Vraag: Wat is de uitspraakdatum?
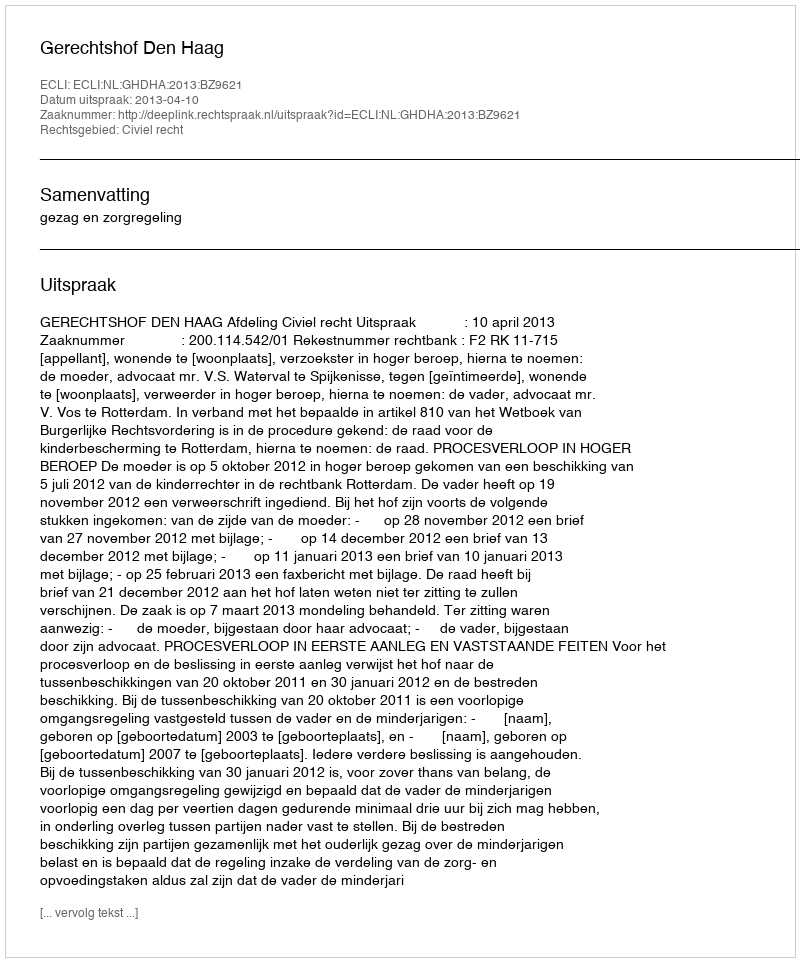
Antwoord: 2013-04-10